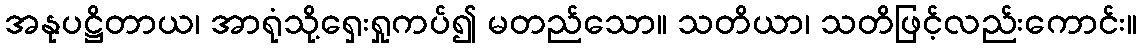
အနုပဋ္ဌိတာယ၊ အာရုံသို့ရှေးရှုကပ်၍ မတည်သော။ သတိယာ၊ သတိဖြင့်လည်းကောင်း။